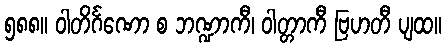
၅၈၈။ ဝါတိင်္ဂဏော စ ဘဏ္ဍာကီ၊ ဝါတ္တာကီ ဗြဟတီ ပျထ။